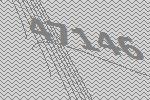
47146